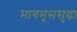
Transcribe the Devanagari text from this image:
मागमूससुद्धा